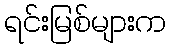
ရင်းမြစ်များက